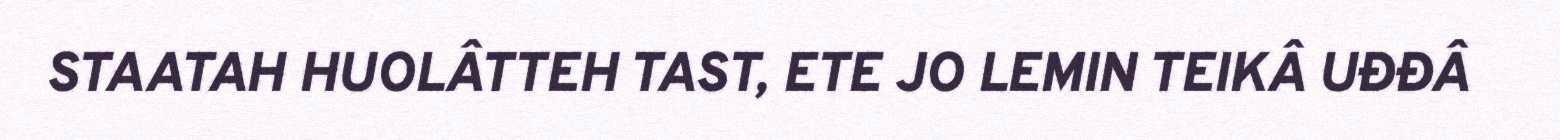
STAATAH HUOLÂTTEH TAST, ETE JO LEMIN TEIKÂ UĐĐÂ